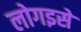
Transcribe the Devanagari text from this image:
लोगइसे